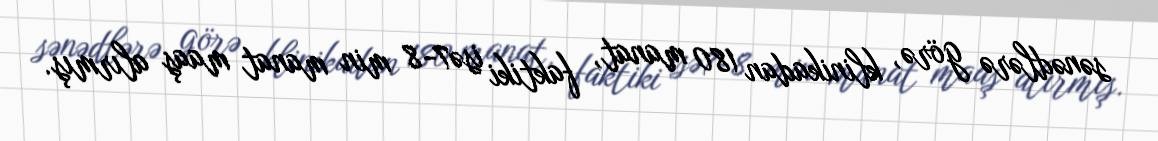
sənədlərə görə, klinikadan 180 manat, faktiki isə7-8 min manat maaş alırmış.